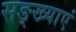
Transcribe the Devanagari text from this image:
सङ्ख्याएं